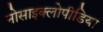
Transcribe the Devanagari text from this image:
नोसाइक्लोपीडिया